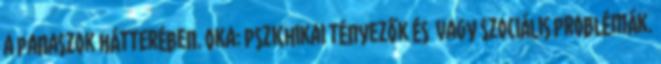
a panaszok hátterében. Oka: pszichikai tényezők és vagy szociális problémák.